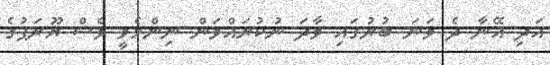
އަދި އޭނާ ދެ ވަނަ ބުރުގައި ވާދަ ނުކުރައްވަން ނިންމެވީ ވެސް ޔޫރަޕުގެ